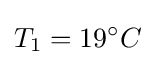
T_{1}=19^{\circ }C